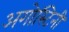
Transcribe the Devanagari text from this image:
अगोस्टिनी